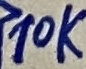
Text: 10K